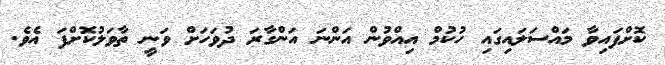
ކޮށްފައިވާ މައްސަލައިގައި ހުކުމް އިއްވުން އަންނަ އަންގާރަ ދުވަހަށް ވަނީ ތާވަލުކޮށްފަ އެވެ.